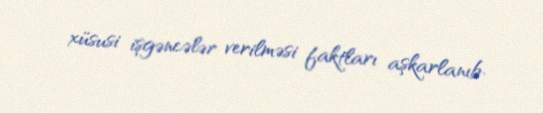
xüsusi işgəncələr verilməsi faktları aşkarlanıb.